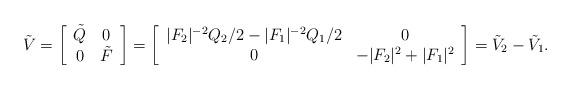
LaTeX: \begin{align*}\tilde{V}=\left[\begin{array}{cc}\tilde{Q} & 0\\ 0 &\tilde{F}\end{array}\right]=\left[\begin{array}{cc} |F_2|^{-2}Q_2/2-|F_1|^{-2}Q_1/2 & 0\\ 0 &-|F_2|^{2}+|F_1|^{2}\end{array}\right]=\tilde V_2-\tilde V_1.\end{align*}